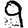
Digit: 9